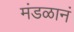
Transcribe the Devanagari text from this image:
मंडळानं